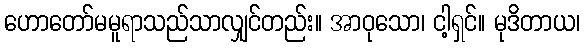
ဟောတော်မမူရာသည်သာလျှင်တည်း။ အာဝုသော၊ ငါ့ရှင်။ မုဒိတာယ၊